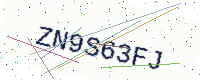
Text: ZN9S63FJ